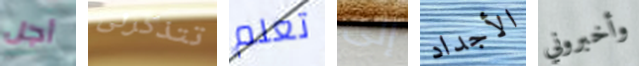
أجل تتذكرنى تعلم إلى الأجداد وأخبروني